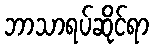
ဘာသာရပ်ဆိုင်ရာ